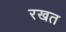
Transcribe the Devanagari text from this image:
रखत